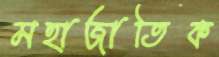
মহাজাতিক